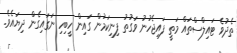
ތެދުވެ ޓައިލްސްތައް މަތީ ފައިޖެހުނު ވަގުތު ފިނިކަމުން ގައިން ހީބިހި ނަގައިގެން ދިޔައެވެ.